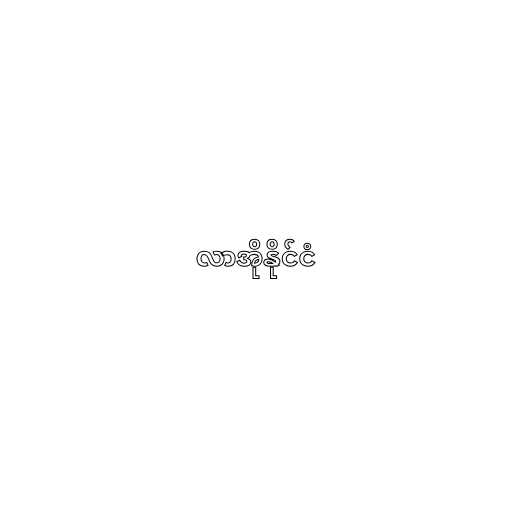
လာအိုနိုင်ငံ